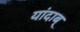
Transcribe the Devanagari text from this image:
यांदाब्